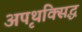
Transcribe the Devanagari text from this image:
अपृथक्सिद्ध